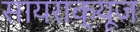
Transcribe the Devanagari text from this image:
सायराक्यूज